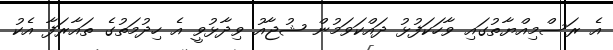
އެ ރަސްމިއްޔާތުގައި ވާހަކަފުޅު ދައްކަވަމުން ޝުޖާއު ވިދާޅުވީ އެ ހިދުމަތުގެ ތައާރަފާ އެކު